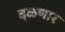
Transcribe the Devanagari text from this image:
दळणार